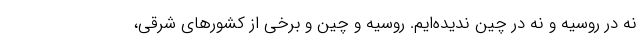
نه در روسیه و نه در چین ندیده‌ایم. روسیه و چین و برخی از کشورهای شرقی،